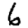
Digit: 6